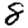
Digit: 8